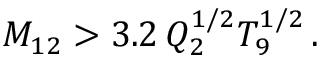
M _ { 1 2 } > 3 . 2 \, Q _ { 2 } ^ { 1 / 2 } T _ { 9 } ^ { 1 / 2 } \, .